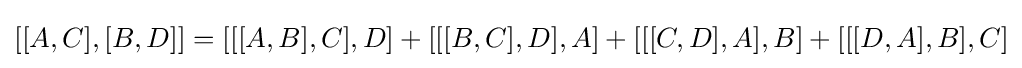
[[A,C],[B,D]]=[[[A,B],C],D]+[[[B,C],D],A]+[[[C,D],A],B]+[[[D,A],B],C]